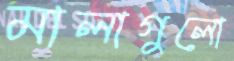
মালাগুলো